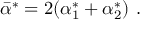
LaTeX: \bar { \alpha } ^ { * } = 2 ( \alpha _ { 1 } ^ { * } + \alpha _ { 2 } ^ { * } ) ~ .